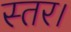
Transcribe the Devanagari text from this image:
स्तर।